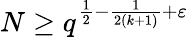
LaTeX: N\geq q^{{\frac{1}{2}}-{\frac{1}{2(k+1)}}+\varepsilon}